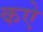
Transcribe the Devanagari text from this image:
कऐ